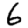
Digit: 6